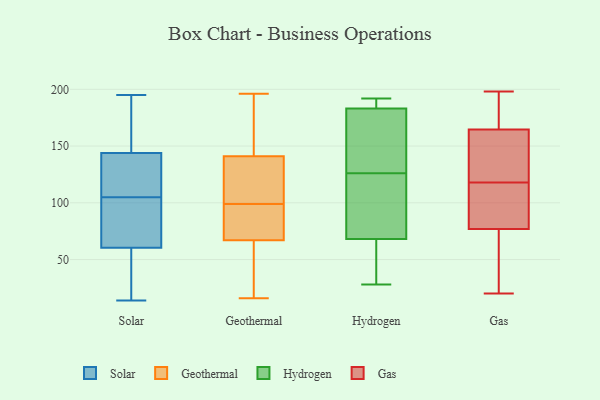
{"axis": {"x": "Tickets Resolved", "y": "Value"}, "legend": ["Gas", "Geothermal", "Hydrogen", "Solar"], "data": [{"x": "", "y": 32, "type": "Solar"}, {"x": "", "y": 144, "type": "Solar"}, {"x": "", "y": 146, "type": "Solar"}, {"x": "", "y": 142, "type": "Solar"}, {"x": "", "y": 22, "type": "Solar"}, {"x": "", "y": 56, "type": "Solar"}, {"x": "", "y": 92, "type": "Solar"}, {"x": "", "y": 105, "type": "Solar"}, {"x": "", "y": 70, "type": "Solar"}, {"x": "", "y": 195, "type": "Solar"}, {"x": "", "y": 160, "type": "Solar"}, {"x": "", "y": 34, "type": "Solar"}, {"x": "", "y": 105, "type": "Solar"}, {"x": "", "y": 143, "type": "Solar"}, {"x": "", "y": 65, "type": "Solar"}, {"x": "", "y": 14, "type": "Solar"}, {"x": "", "y": 142, "type": "Solar"}, {"x": "", "y": 164, "type": "Solar"}, {"x": "", "y": 79, "type": "Solar"}, {"x": "", "y": 144, "type": "Solar"}, {"x": "", "y": 97, "type": "Geothermal"}, {"x": "", "y": 147, "type": "Geothermal"}, {"x": "", "y": 196, "type": "Geothermal"}, {"x": "", "y": 138, "type": "Geothermal"}, {"x": "", "y": 34, "type": "Geothermal"}, {"x": "", "y": 89, "type": "Geothermal"}, {"x": "", "y": 51, "type": "Geothermal"}, {"x": "", "y": 16, "type": "Geothermal"}, {"x": "", "y": 111, "type": "Geothermal"}, {"x": "", "y": 103, "type": "Geothermal"}, {"x": "", "y": 21, "type": "Geothermal"}, {"x": "", "y": 95, "type": "Geothermal"}, {"x": "", "y": 180, "type": "Geothermal"}, {"x": "", "y": 144, "type": "Geothermal"}, {"x": "", "y": 101, "type": "Geothermal"}, {"x": "", "y": 83, "type": "Geothermal"}, {"x": "", "y": 48, "type": "Hydrogen"}, {"x": "", "y": 189, "type": "Hydrogen"}, {"x": "", "y": 28, "type": "Hydrogen"}, {"x": "", "y": 104, "type": "Hydrogen"}, {"x": "", "y": 150, "type": "Hydrogen"}, {"x": "", "y": 192, "type": "Hydrogen"}, {"x": "", "y": 82, "type": "Hydrogen"}, {"x": "", "y": 68, "type": "Hydrogen"}, {"x": "", "y": 148, "type": "Hydrogen"}, {"x": "", "y": 183, "type": "Hydrogen"}, {"x": "", "y": 95, "type": "Gas"}, {"x": "", "y": 62, "type": "Gas"}, {"x": "", "y": 170, "type": "Gas"}, {"x": "", "y": 140, "type": "Gas"}, {"x": "", "y": 32, "type": "Gas"}, {"x": "", "y": 20, "type": "Gas"}, {"x": "", "y": 183, "type": "Gas"}, {"x": "", "y": 111, "type": "Gas"}, {"x": "", "y": 117, "type": "Gas"}, {"x": "", "y": 193, "type": "Gas"}, {"x": "", "y": 119, "type": "Gas"}, {"x": "", "y": 101, "type": "Gas"}, {"x": "", "y": 121, "type": "Gas"}, {"x": "", "y": 134, "type": "Gas"}, {"x": "", "y": 198, "type": "Gas"}, {"x": "", "y": 159, "type": "Gas"}, {"x": "", "y": 83, "type": "Gas"}, {"x": "", "y": 180, "type": "Gas"}, {"x": "", "y": 62, "type": "Gas"}, {"x": "", "y": 71, "type": "Gas"}]}